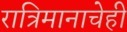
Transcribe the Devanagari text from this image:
रात्रिमानाचेही